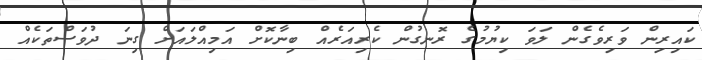
ކައިރިން ވަރިވެގެން ލަވަ ކިޔުމުގެ ރޮނގުން ކެރިއަރެއް ބިނާކޮށް އަމިއްލައަށް ގިނަ ދުވަސްތަކެއް